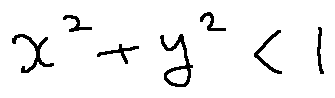
x ^ { 2 } + y ^ { 2 } < 1